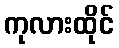
ကုလားထိုင်